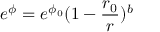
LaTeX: e ^ { \phi } = e ^ { \phi _ { 0 } } ( 1 - \frac { r _ { 0 } } { r } ) ^ { b }